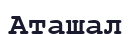
Аташал